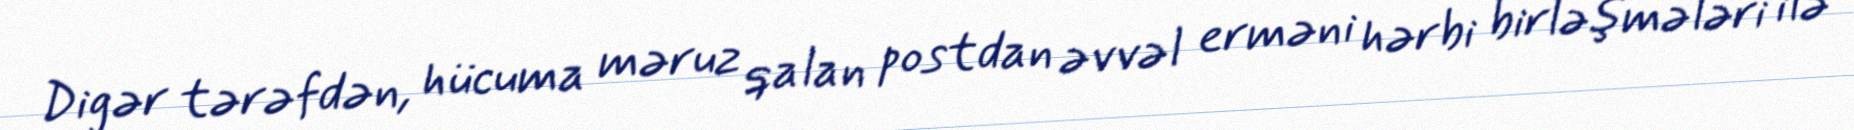
Digər tərəfdən, hücuma məruz qalan postdan əvvəl erməni hərbi birləşmələri ilə